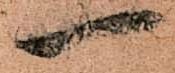
一